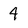
Character: 4